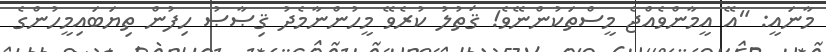
މާނައީ: "އޭ އީމާންވެއްޖެ މީސްތަކުންނޭވެ! ޤަތުލު ކުރެވޭ މީހުންނާމެދު ޤިޞާޞު ހިފުން ތިޔަބައިމީހުންގެ